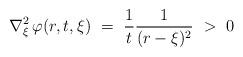
LaTeX: \begin{align*}\nabla_{\xi}^2 \, \varphi(r,t,\xi) \ = \ \frac{1}{t} \frac{1}{(r-\xi)^2} \ > \ 0\end{align*}